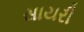
સાયરી